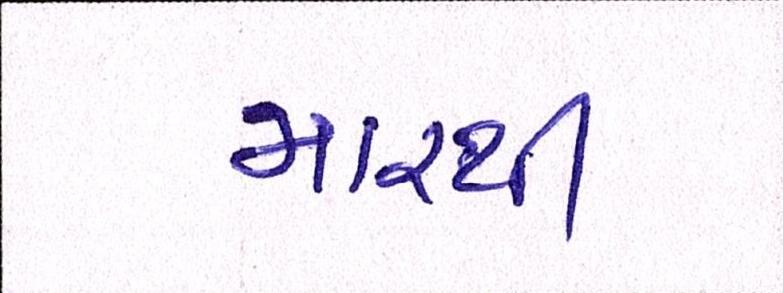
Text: મારથી